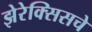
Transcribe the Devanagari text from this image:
झेरेक्सिसचे